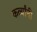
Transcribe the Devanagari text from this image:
कर्व्यांनी